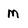
Character: M